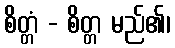
စိတ္တံ - စိတ္တ မည်၏၊